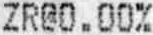
ZR@0.00%